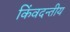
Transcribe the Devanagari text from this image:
किंवदन्तीय